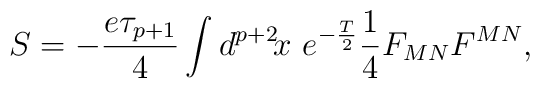
S=-\frac{e\tau_{p+1}}{4}\int d^{p+2}\!x\ e^{-\frac{T}{2}}\frac{1}{4}F_{MN}F^{MN},